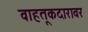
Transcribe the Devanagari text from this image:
वाहतूकदारावर